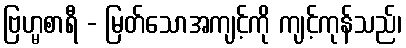
ဗြဟ္မစာရီ - မြတ်သောအကျင့်ကို ကျင့်ကုန်သည်၊